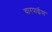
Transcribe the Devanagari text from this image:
चारपाईयां